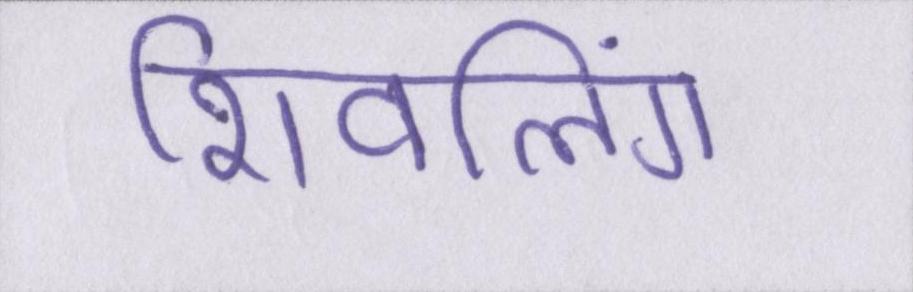
शिवलिंग